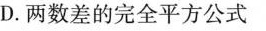
D.两数差的完全平方公式